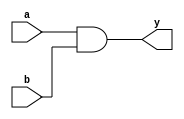

module MyModule(input a, input b, output y);
  assign y = a & b;
endmodule

module AnotherModule(input x, output z);
  assign z = ~x;
endmodule